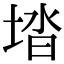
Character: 𡌩